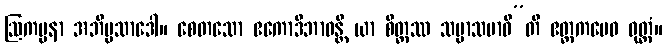
ဩကပ္ပနာ အဘိပ္ပသာဒေါ။ စေတသော ဧကောဒိဘာဝန္တိ ယာ စိတ္တဿ သမ္မာသမာဓီ”တိ ဧတ္တကမေဝ ဝုတ္တံ။